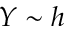
Y \sim h